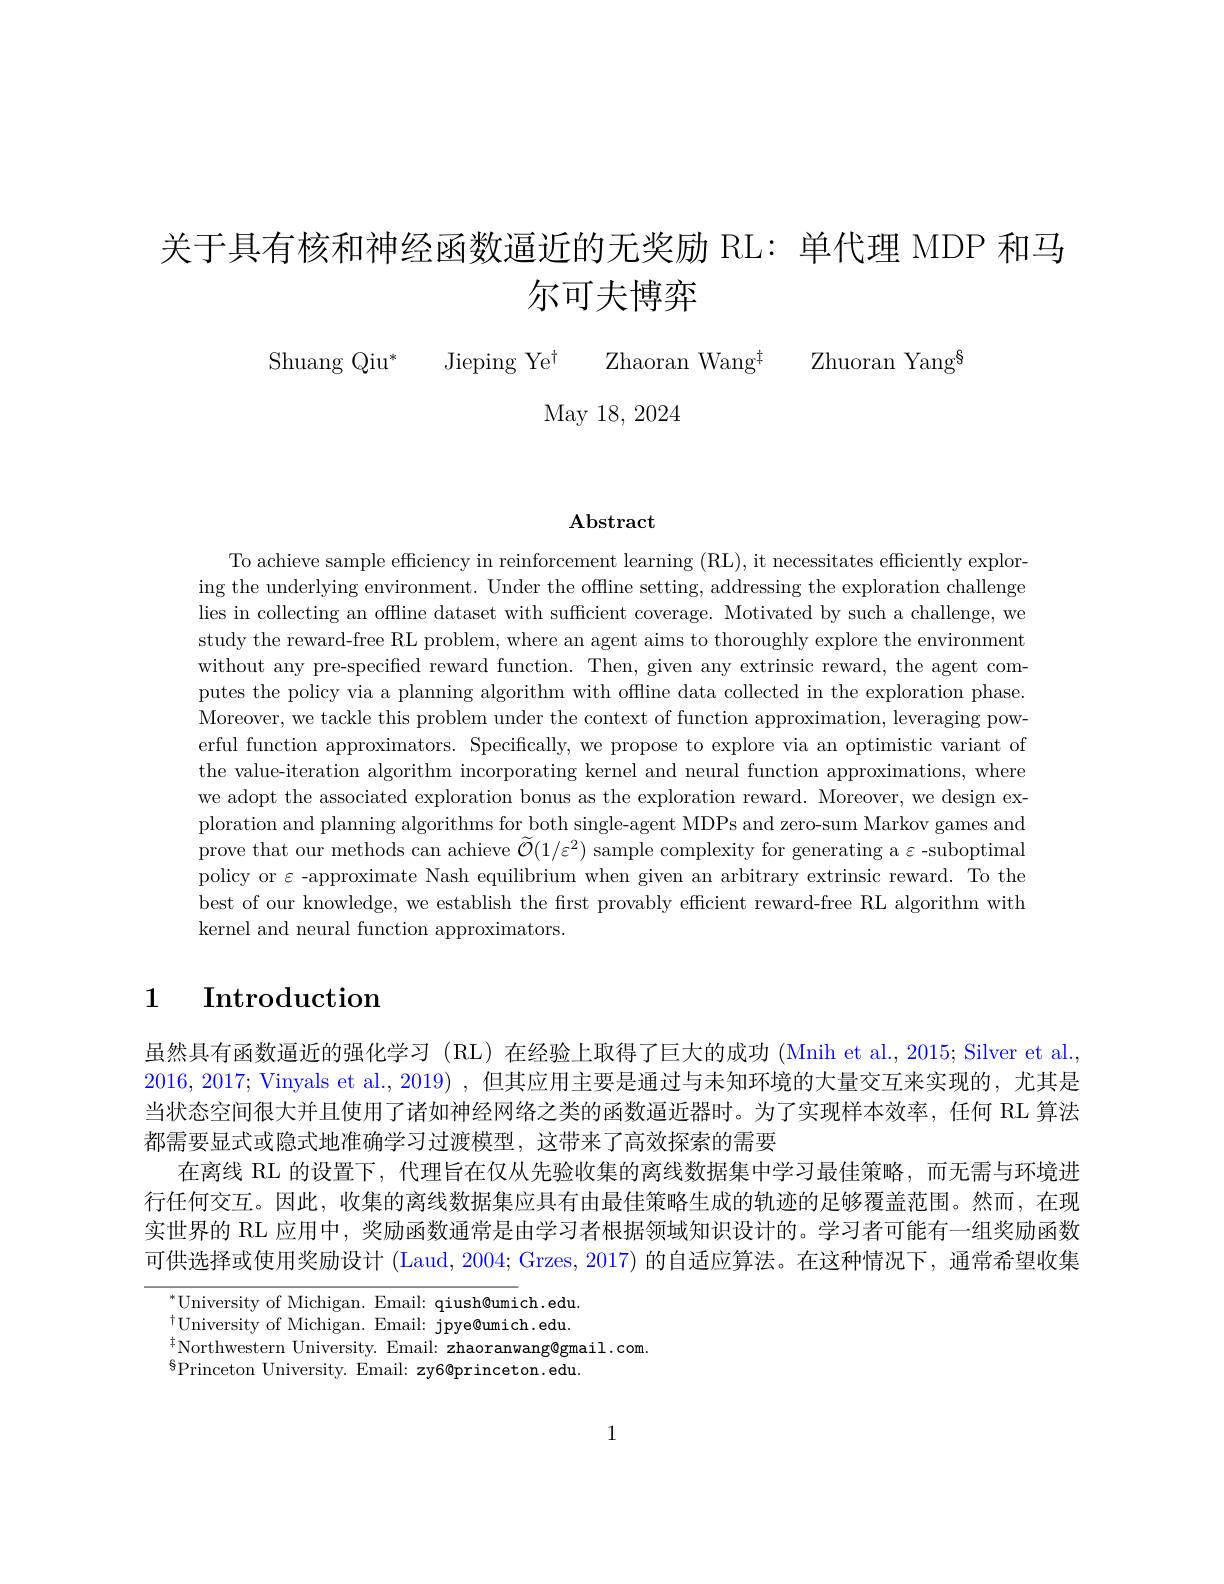
关于具有核和神经函数逼近的无奖励 RL: 单代理 MDP 和马
# 尔可夫博弈

ShuangQiu* Jieping Ye$^\dagger$ Zhaoran Wang$^{\ddagger }$ Zhuoran Yang$^{8}$
May 18, 2024

$\mathbf{Abstract}$

To achieve sample efficiency in reinforcement learning (RL), it necessitates efficiently exploring the underlying environment. Under the offline setting, addressing the exploration challenge lies in collecting an offline dataset with sufficient coverage. Motivated by such a challenge, we study the reward-free RL problem, where an agent aims to thoroughly explore the environment without any pre-specified reward function. Then, given any extrinsic reward, the agent computes the policy via a planning algorithm with offline data collected in the exploration phase. Moreover, we tackle this problem under the context of function approximation, leveraging powerful function approximators. Specifically, we propose to explore via an optimistic variant of the value-iteration algorithm incorporating kernel and neural function approximations, where we adopt the associated exploration bonus as the exploration reward. Moreover, we design exploration and planning algorithms for both single-agent MDPs and zero-sum Markov games and prove that our methods can achieve $\widetilde{\mathcal{O}}(1/\varepsilon^2)$ sample complexity for generating a $\varepsilon$-suboptimal policy or $\varepsilon$ -approximate Nash equilibrium when given an arbitrary extrinsic reward. To the best of our knowledge, we establish the first provably efficient reward-free RL algorithm with kernel and neural function approximators.

## 1 $\textbf{Introduction}$

虽然具有函数逼近的强化学习 (RL)在经验上取得了巨大的成功 (Mnih et al., 2015; Silver et al., 2016,2017; Vinyals et al., 2019) ,但其应用主要是通过与未知环境的大量交互来实现的，尤其是当状态空间很大并且使用了诸如神经网络之类的函数逼近器时。为了实现样本效率，任何 RL 算法都需要显式或隐式地准确学习过渡模型，这带来了高效探索的需要
在离线 RL 的设置下，代理旨在仅从先验收集的离线数据集中学习最佳策略，而无需与环境进行任何交互。因此，收集的离线数据集应具有由最佳策略生成的轨迹的足够覆盖范围。然而，在现实世界的 RL 应用中，奖励函数通常是由学习者根据领域知识设计的。学习者可能有一组奖励函数可供选择或使用奖励设计(Laud, 2004; Grzes, 2017) 的自适应算法。在这种情况下，通常希望收集

$^{*}$University of Michigan. Email: qiush@umich.edu $^{\dagger}$University of Michigan. Email: jpye@umich.edu. $^{\dagger}$Northwestern University. Email: zhaoranwang@gmail.com.
$^{6}$Princeton University. Email: zy6@princeton.edu.

1